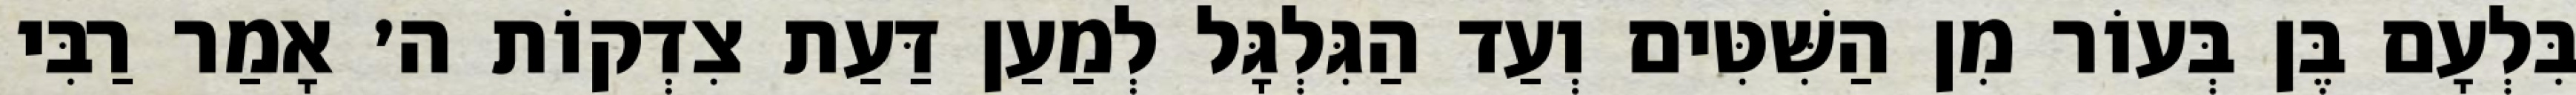
בִּלְעָם בֶּן בְּעוֹר מִן הַשִּׁטִּים וְעַד הַגִּלְגָּל לְמַעַן דַּעַת צִדְקוֹת ה׳ אָמַר רַבִּי